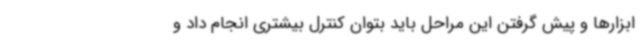
ابزارها و پیش گرفتن این مراحل باید بتوان کنترل بیشتری انجام داد و